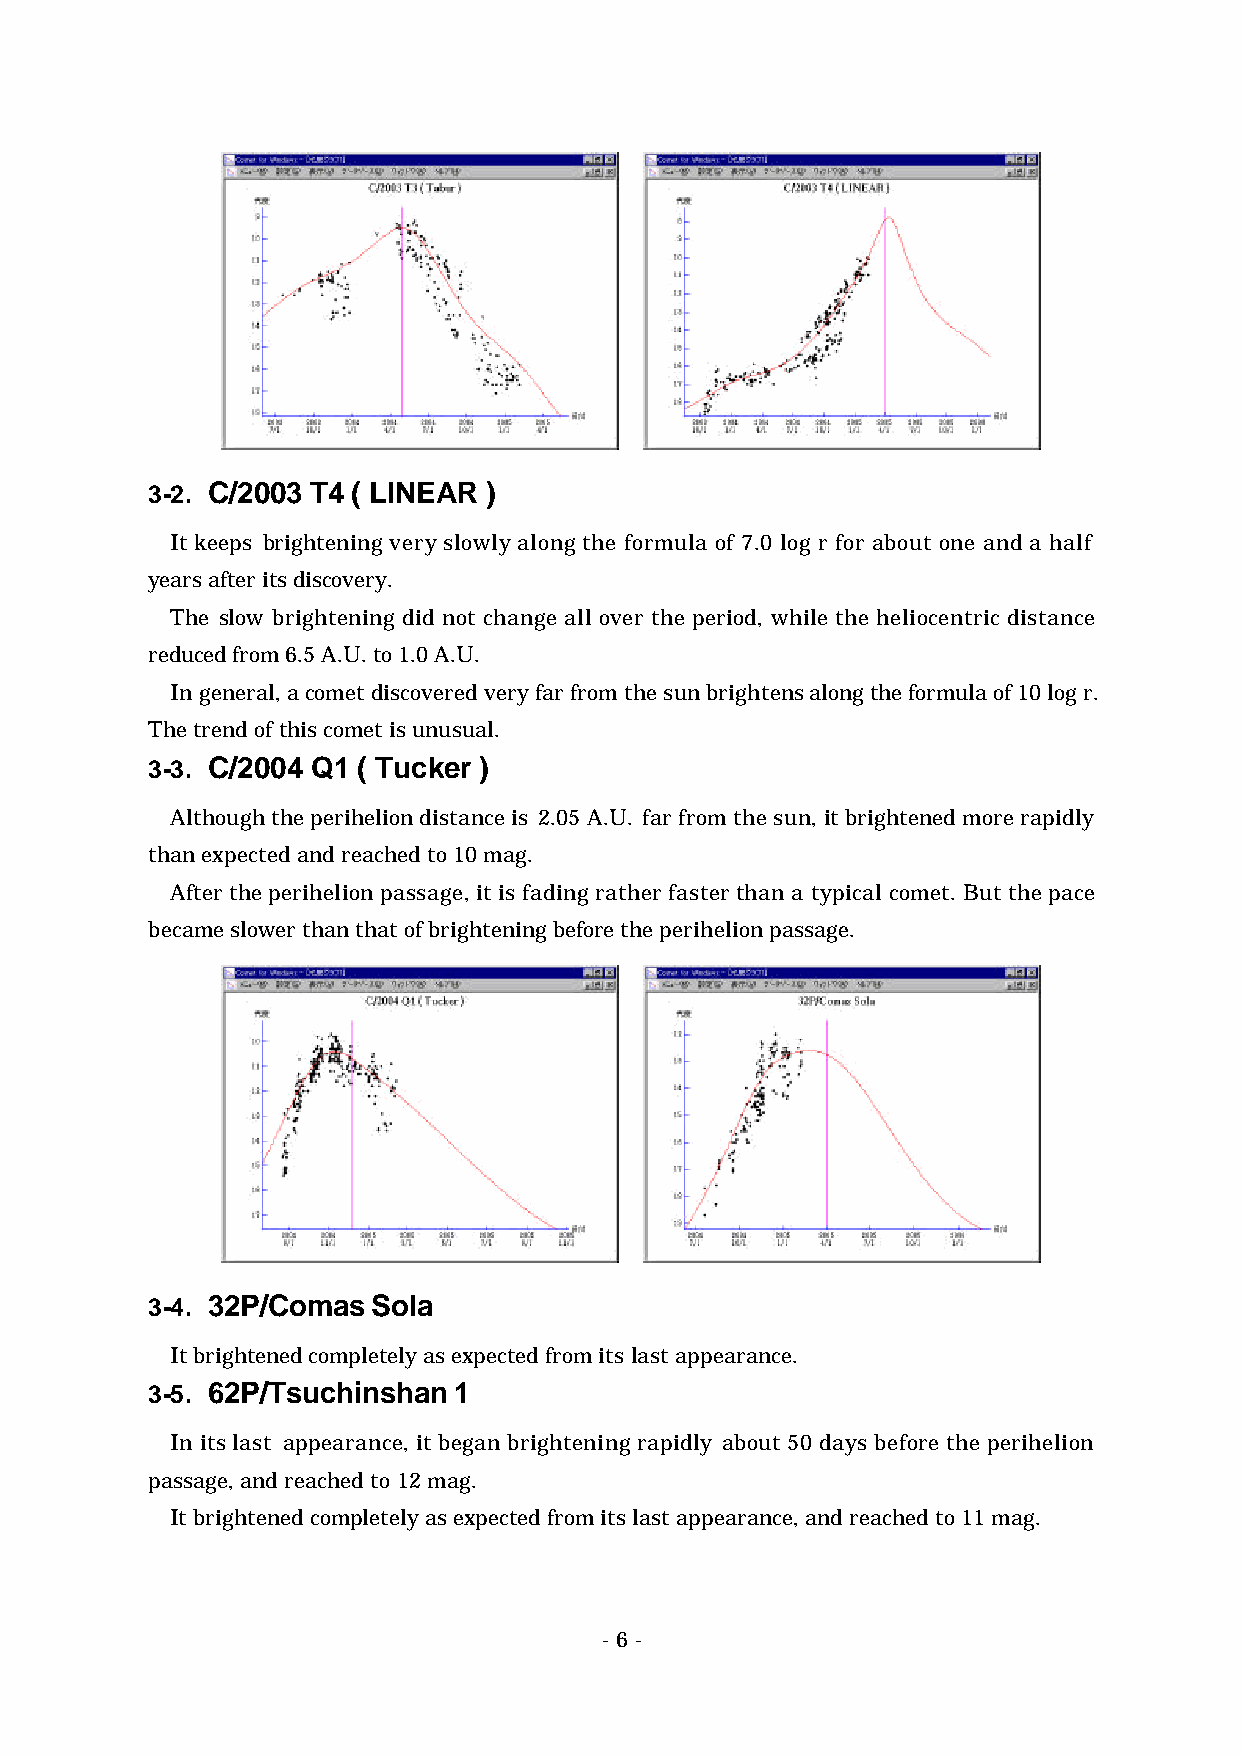
3-2. C/2003 T4 ( LINEAR )
 It keeps brightening very slowly along the formula of 7.0 log r for about one and a half
 years after its discovery.
 The slow brightening did not change all over the period, while the heliocentric distance
 reduced from 6.5 A.U. to 1.0 A.U.
 In general, a comet discovered very far from the sun brightens along the formula of 10 log r.
 The trend of this comet is unusual.
 3-3. C/2004 Q1 ( Tucker )
 Although the perihelion distance is 2.05 A.U. far from the sun, it brightened more rapidly
 than expected and reached to 10 mag.
 After the perihelion passage, it is fading rather faster than a typical comet. But the pace
 became slower than that of brightening before the perihelion passage.
 3-4. 32P/Comas Sola
 It brightened completely as expected from its last appearance.
 3-5. 62P/Tsuchinshan 1
 In its last appearance, it began brightening rapidly about 50 days before the perihelion
 passage, and reached to 12 mag.
 It brightened completely as expected from its last appearance, and reached to 11 mag.
 - 6 -